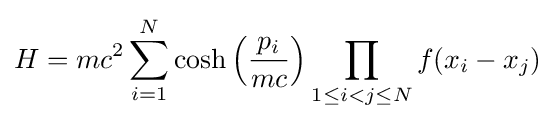
H=mc^{2}\sum _{i=1}^{N}\cosh \left({\frac {p_{i}}{mc}}\right)\prod _{1\leq i<j\leq N}f(x_{i}-x_{j})